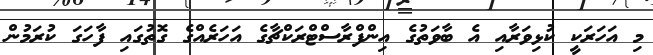
މި އަހަރަކީ ކުޅިވަރާއި އެ ބާވަތުގެ އިންފްރާސްޓްރަކްޗާގެ އަހަރެއްގެ ގޮތުގައި ފާހަގަ ކުރަމުން